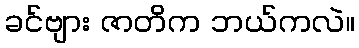
ခင်ဗျား ဇာတိက ဘယ်ကလဲ။